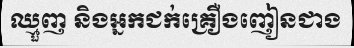
ឈ្មួញ និងអ្នកជក់គ្រឿងញៀនជាង